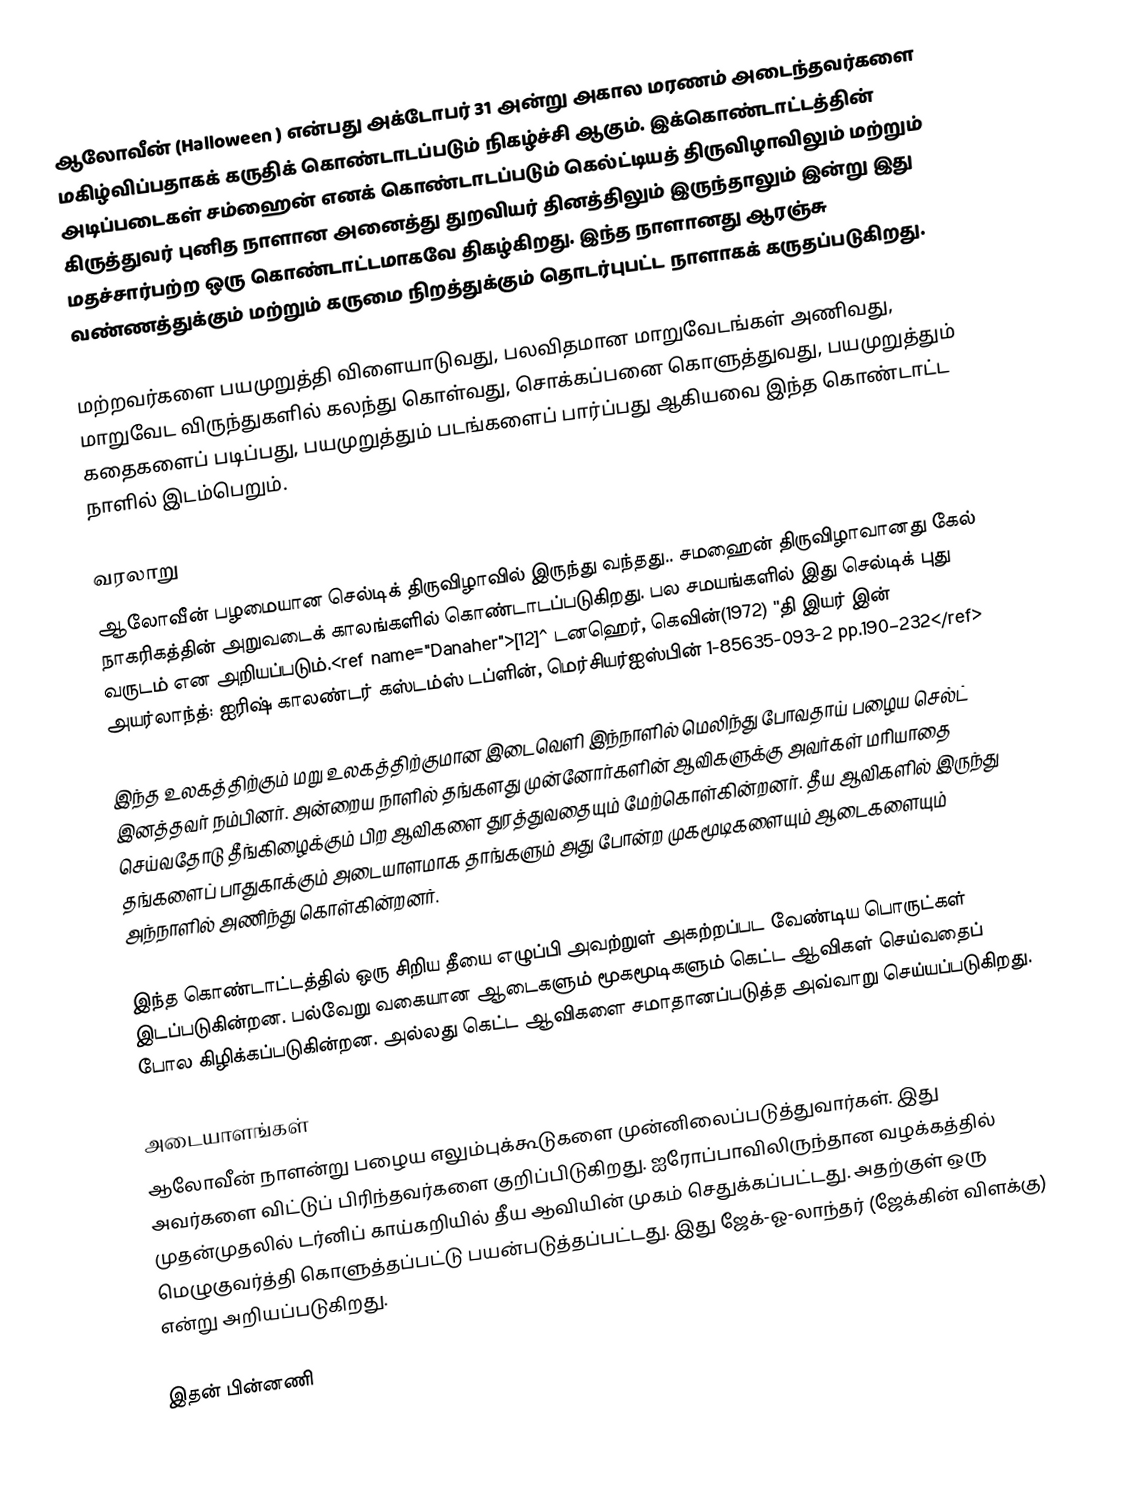
ஆலோவீன் (Halloween ) என்பது அக்டோபர் 31 அன்று அகால மரணம் அடைந்தவர்களை மகிழ்விப்பதாகக் கருதிக் கொண்டாடப்படும் நிகழ்ச்சி ஆகும். இக்கொண்டாட்டத்தின் அடிப்படைகள் சம்ஹைன் எனக் கொண்டாடப்படும் கெல்ட்டியத் திருவிழாவிலும் மற்றும் கிருத்துவர் புனித நாளான அனைத்து துறவியர் தினத்திலும்  இருந்தாலும் இன்று இது மதச்சார்பற்ற ஒரு கொண்டாட்டமாகவே திகழ்கிறது. இந்த நாளானது ஆரஞ்சு வண்ணத்துக்கும் மற்றும் கருமை நிறத்துக்கும் தொடர்புபட்ட நாளாகக் கருதப்படுகிறது.

மற்றவர்களை பயமுறுத்தி விளையாடுவது, பலவிதமான மாறுவேடங்கள் அணிவது, மாறுவேட விருந்துகளில் கலந்து கொள்வது, சொக்கப்பனை கொளுத்துவது, பயமுறுத்தும் கதைகளைப் படிப்பது, பயமுறுத்தும் படங்களைப் பார்ப்பது ஆகியவை இந்த கொண்டாட்ட நாளில் இடம்பெறும்.

வரலாறு
ஆலோவீன் பழமையான செல்டிக் திருவிழாவில் இருந்து வந்தது.. சமஹைன் திருவிழாவானது கேல் நாகரிகத்தின் அறுவடைக் காலங்களில் கொண்டாடப்படுகிறது. பல சமயங்களில்  இது செல்டிக் புது வருடம் என அறியப்படும்.<ref name="Danaher">[12]^ டனஹெர், கெவின்(1972) ''தி இயர் இன் அயர்லாந்த்: ஐரிஷ் காலண்டர் கஸ்டம்ஸ்  டப்ளின், மெர்சியர்ஐஸ்பின் 1-85635-093-2 pp.190–232</ref>

இந்த உலகத்திற்கும் மறு உலகத்திற்குமான இடைவெளி இந்நாளில் மெலிந்து போவதாய் பழைய செல்ட் இனத்தவர் நம்பினர். அன்றைய நாளில் தங்களது முன்னோர்களின் ஆவிகளுக்கு அவர்கள் மரியாதை செய்வதோடு தீங்கிழைக்கும் பிற ஆவிகளை துரத்துவதையும் மேற்கொள்கின்றனர். தீய ஆவிகளில் இருந்து தங்களைப் பாதுகாக்கும் அடையாளமாக தாங்களும் அது போன்ற முகமூடிகளையும் ஆடைகளையும் அந்நாளில் அணிந்து கொள்கின்றனர்.

இந்த கொண்டாட்டத்தில் ஒரு சிறிய தீயை எழுப்பி அவற்றுள் அகற்றப்பட வேண்டிய பொருட்கள் இடப்படுகின்றன. பல்வேறு வகையான ஆடைகளும் மூகமூடிகளும் கெட்ட ஆவிகள் செய்வதைப் போல கிழிக்கப்படுகின்றன. அல்லது கெட்ட ஆவிகளை சமாதானப்படுத்த அவ்வாறு செய்யப்படுகிறது.

 அடையாளங்கள்
ஆலோவீன் நாளன்று பழைய எலும்புக்கூடுகளை முன்னிலைப்படுத்துவார்கள். இது அவர்களை விட்டுப் பிரிந்தவர்களை குறிப்பிடுகிறது. ஐரோப்பாவிலிருந்தான வழக்கத்தில் முதன்முதலில் டர்னிப் காய்கறியில் தீய ஆவியின் முகம் செதுக்கப்பட்டது. அதற்குள் ஒரு மெழுகுவர்த்தி கொளுத்தப்பட்டு பயன்படுத்தப்பட்டது. இது ஜேக்-ஓ-லாந்தர் (ஜேக்கின் விளக்கு) என்று அறியப்படுகிறது.

இதன் பின்னணி